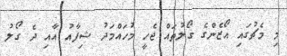
މި މެޗުގައި އޯޒެންގެ ގޯލުތައް ޖެހީ މުހައްމަދު ޝިފާއު އާއި ދެ ގޯލު